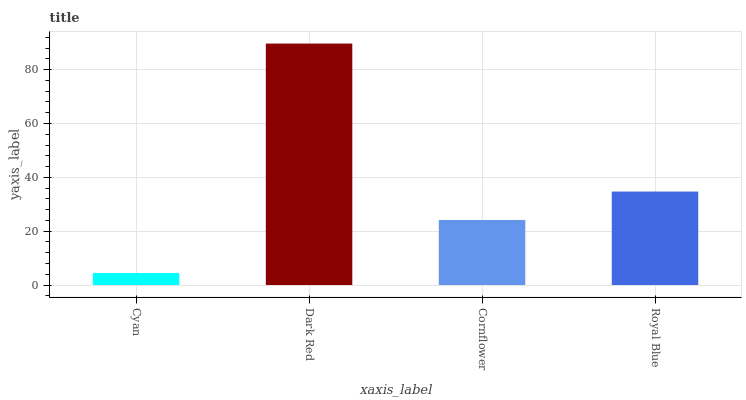
| xaxis_label | bars |
 | --- | --- |
 | Cyan | 4.47 |
 | Dark Red | 89.7 |
 | Cornflower | 24.2 |
 | Royal Blue | 34.7 |